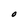
Character: O